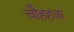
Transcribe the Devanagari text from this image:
चौहहवां